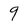
Character: 9